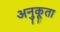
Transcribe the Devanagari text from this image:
अनुकूता